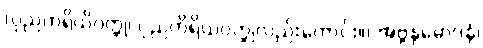
(ပုညကရိယိဝတ္ထု၊ ပုညကိရိယဝတ္ထုလည်းကောင်း။) အဗ္ဘနုမောဒနံ၊